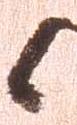
候